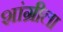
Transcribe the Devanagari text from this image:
शांग्रीला